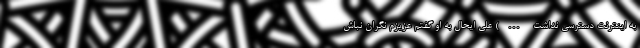
به اینترنت دسترسی نداشت …) علی ایحال به او گفتم عزیزم نگران نباش